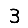
Digit: 3